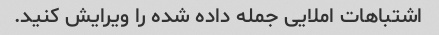
اشتباهات املایی جمله داده شده را ویرایش کنید.